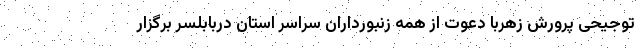
توجیحی پرورش زهربا دعوت از همه زنبورداران سراسر استان دربابلسر برگزار